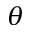
\theta